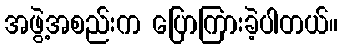
အဖွဲ့အစည်းက ပြောကြားခဲ့ပါတယ်။